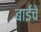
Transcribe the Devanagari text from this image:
बाईंचे